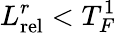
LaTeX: L_{\mathrm{rel}}^{r}<T_{F}^{1}